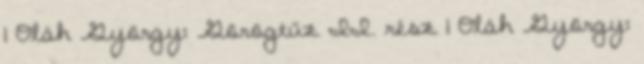
1 Oláh György: Görögtűz II. rész 1 Oláh György: